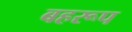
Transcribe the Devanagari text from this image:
बहरूप